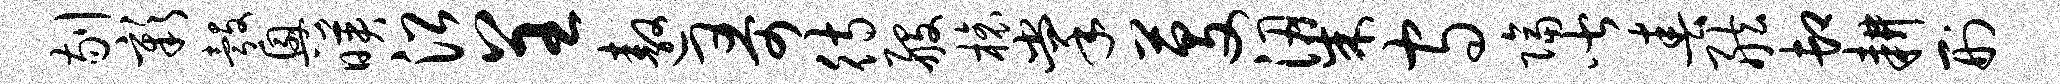
剔彰彀兴映沿呈遨哥待般榱掌芟梁守隔皆春舷卸耕刑